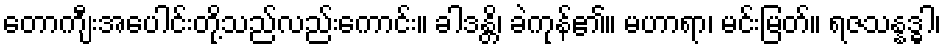
တောကျီးအပေါင်းတို့သည်လည်းကောင်း။ ခါဒန္တိ၊ ခဲကုန်၏။ မဟာရာ၊ မင်းမြတ်။ ရဇသန္နဒ္ဓါ၊